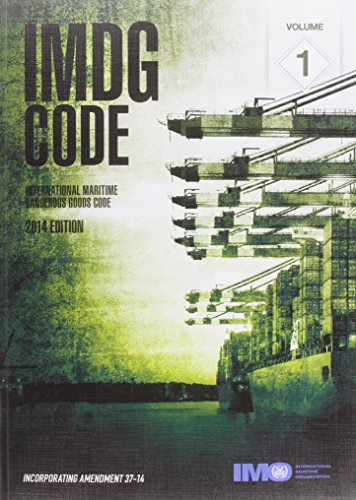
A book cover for IMDG Code 2014: International Maritime Dangerous Goods Code, Incorporating Amendment 37-14; International Maritime Organization; Business & Money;